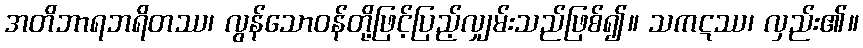
အတိဘာရဘရိတဿ၊ လွန်သောဝန်တို့ဖြင့်ပြည့်လျှမ်းသည်ဖြစ်၍။ သကဋဿ၊ လှည်း၏။